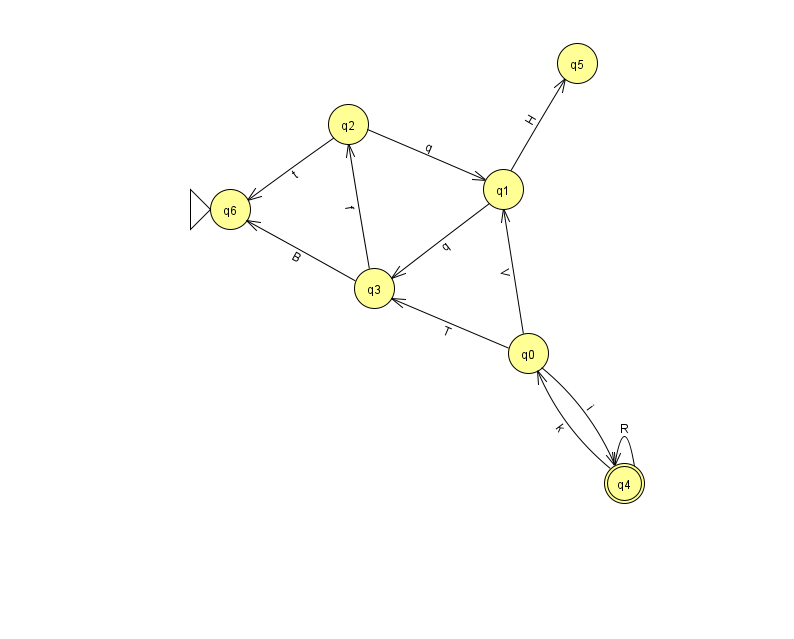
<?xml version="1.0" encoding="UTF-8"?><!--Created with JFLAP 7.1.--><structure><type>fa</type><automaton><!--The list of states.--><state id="0" name="q0"><x>528.0</x><y>340.0</y></state><state id="1" name="q1"><x>503.0</x><y>176.0</y></state><state id="2" name="q2"><x>348.0</x><y>111.0</y></state><state id="3" name="q3"><x>374.0</x><y>275.0</y></state><state id="4" name="q4"><x>624.0</x><y>470.0</y><final/></state><state id="5" name="q5"><x>577.0</x><y>50.0</y></state><state id="6" name="q6"><x>230.0</x><y>196.0</y><initial/></state><!--The list of transitions.--><transition><from>3</from><to>6</to><read>B</read></transition><transition><from>1</from><to>3</to><read>q</read></transition><transition><from>4</from><to>4</to><read>R</read></transition><transition><from>0</from><to>4</to><read>i</read></transition><transition><from>4</from><to>0</to><read>k</read></transition><transition><from>1</from><to>5</to><read>H</read></transition><transition><from>2</from><to>1</to><read>q</read></transition><transition><from>0</from><to>3</to><read>T</read></transition><transition><from>2</from><to>6</to><read>t</read></transition><transition><from>0</from><to>1</to><read>V</read></transition><transition><from>3</from><to>2</to><read>f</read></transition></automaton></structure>